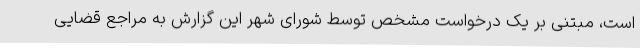
است، مبتنی بر یک درخواست مشخص توسط شورای شهر این گزارش به مراجع قضایی